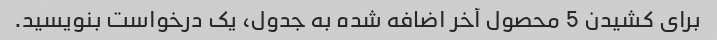
برای کشیدن 5 محصول آخر اضافه شده به جدول، یک درخواست بنویسید.